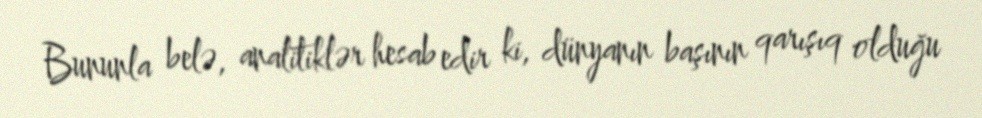
Bununla belə, analitiklər hesab edir ki, dünyanın başının qarışıq olduğu